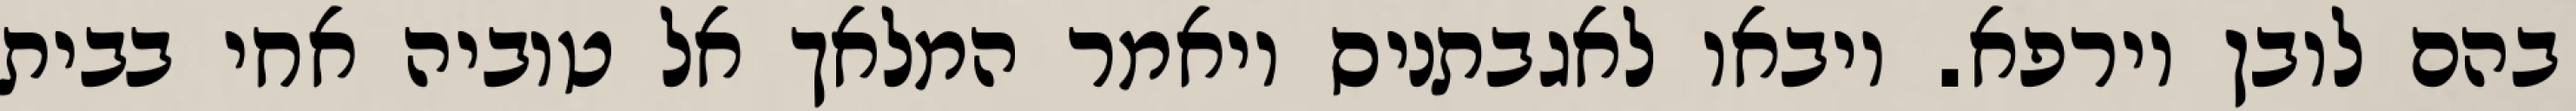
בהם לובן וירפא. ויבאו לאגבתניס ויאמר המלאך אל טוביה אחי בבית